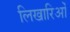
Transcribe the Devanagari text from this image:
लिखारिओं